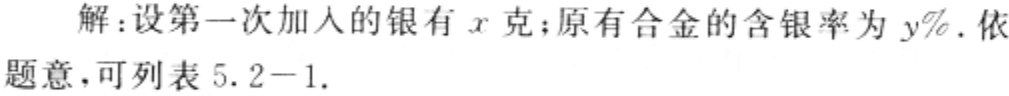
解：设第一次加入的银有\(x\)克；原有合金的含银率为\(y\%\). 依题意，可列表\(5.2 - 1\).